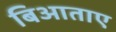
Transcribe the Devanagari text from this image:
बिआताए